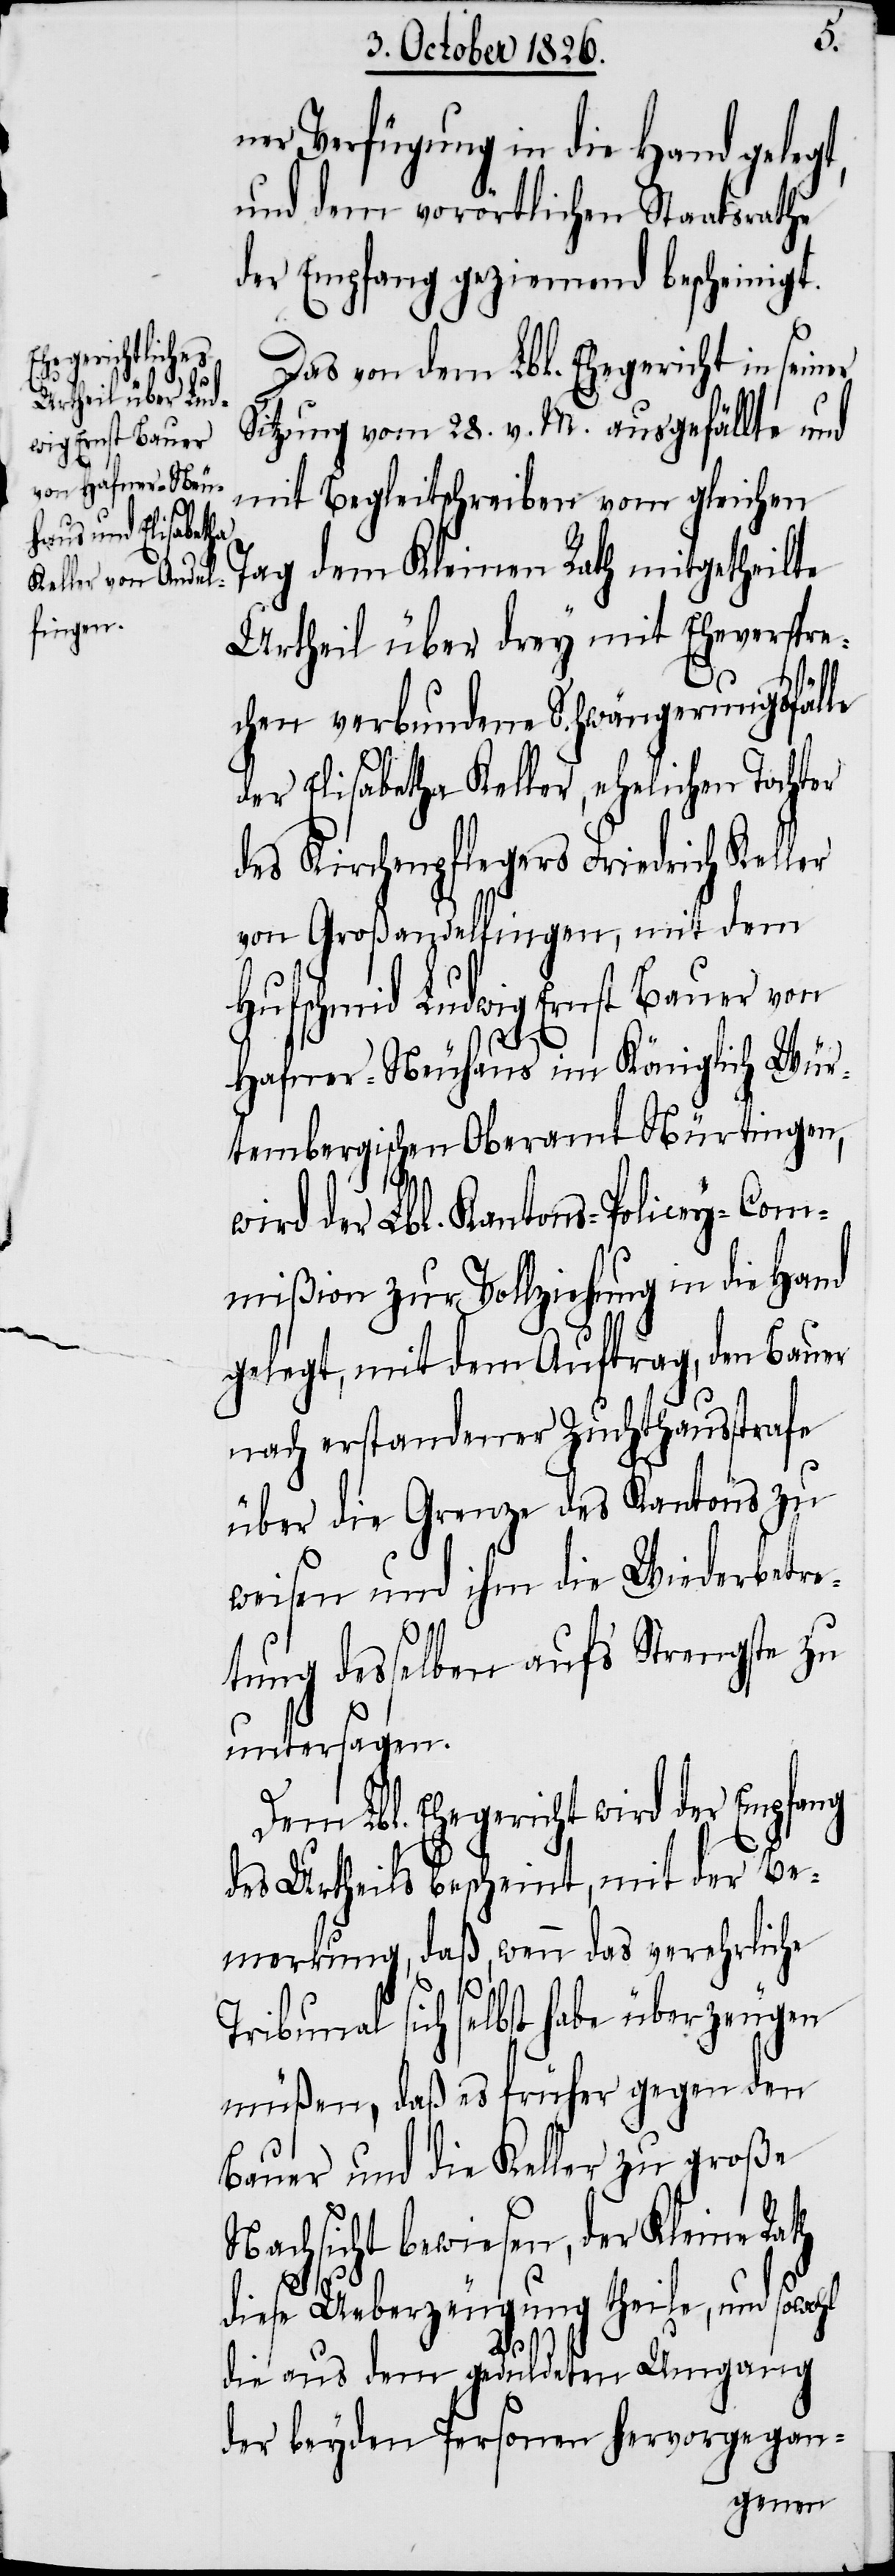
ner Verfügung in die Hand geleg¬
und dem vorörtlichen Staatsrathe
der Empfang geziemend bescheinigt.
Das von dem Lbl. Ehegericht in seiner
Sitzung vom 28. v. M. ausgefällte und
mit Begleitschreiben vom gleichen
Tag dem Kleinen Rath mitgetheilte
Urtheil über drey mit Eheverspre¬
chen verbundene Schwängerungsfälle
der Elisabetha Keller, ehelichen Tochter
des Kirchenpflegers Friedrich Keller
von Großandelfingen, mit dem
Hufschmid Ludwig Ernst Bauer von
Hafner-Neuhaus im Königlich Wür¬
tembergischen Oberamt Nürtingen,
wird der Lbl. Kantons-Policey-Com¬
mißion zur Vollziehung in die Hand
gelegt, mit dem Auftrag, den Bauer
nach erstandener Zuchthausstrafe
über die Grenze des Kantons zu
weisen und ihm die Wiederbetre¬
tung desselben aufs Strengste zu
untersagen.
Dem Lbl. Ehegericht wird der Empfang
des Urtheils bescheint, mit der Be¬
merkung, daß, wenn das verehrliche
Tribunal sich selbst habe überzeugen
müßen, daß es früher gegen den
Bauer und die Keller zu große
Nachsicht bewiesen, der Kleine Rath
t,
diese Ueberzeugung theile, und sowohl
die aus dem geduldeten Umgang
der beyden Personen hervorgegan-